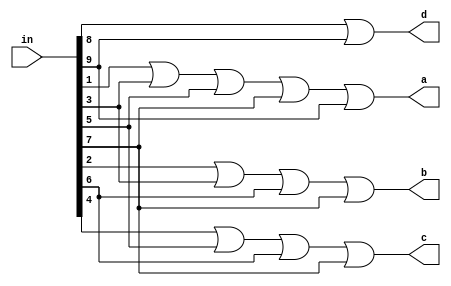
`timescale 1ns / 1ps

module Decimal_BCD(
input [9:0]in,
output a,b,c,d);

or g1(a,in[1],in[3],in[5],in[7],in[9]);
or g2(b,in[2],in[3],in[6],in[7]);
or g3(c,in[4],in[5],in[6],in[7]);
or g4(d,in[8],in[9]);
endmodule